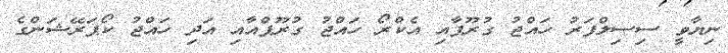
ނިޔާވީ ސިސިލްފަރު ހައްޖު ގުރޫޕާއި އެކްރޯ ހައްޖު ގުރޫޕްއާއި އަދި ހައްޖު ކޯޕަރޭޝަންގެ